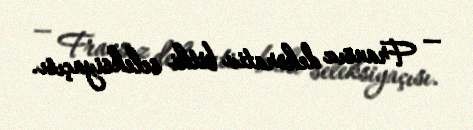
— Fransız dekorativ bitki seleksiyaçısı.